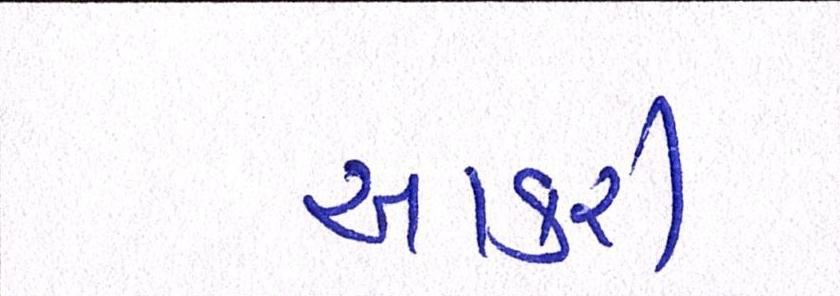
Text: આકરી